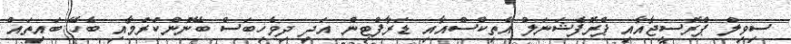
ސިވިލް ޕްރޮސީޖާއާއި ޕްރޮފެޝަނަލް އެތިކްސްއާއި ޑަރާފްޓިން އަދި ދިވެހިބަސް ބޭނުންކުރުމާއި ބެހޭ ބައިތައް